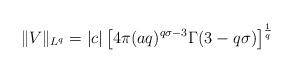
LaTeX: \begin{align*} \|V\|_{L^q} = |c| \left[4\pi (aq)^{q\sigma-3} \Gamma(3-q\sigma)\right]^{\frac{1}{q}}\end{align*}